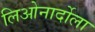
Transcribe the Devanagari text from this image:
लिओनार्दोला